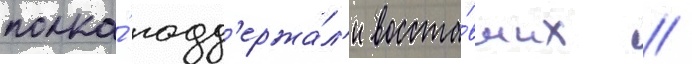
полка́ подд'ержа́л'и восста́вших //